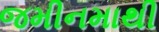
જમીનમાથી